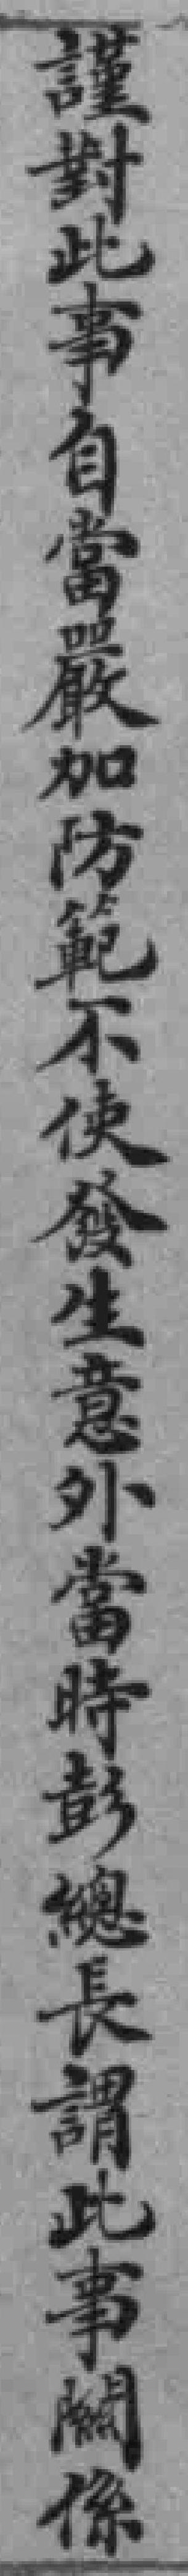
謹對此事自當嚴加防範不使發生意外當時彭總長謂此事關係